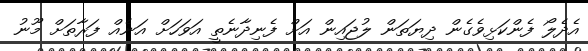
އެދެލޯ ފެންކަޅިވެގެން ދިޔަތަން ލުޖައިން އަށް ފެނިދާނެތީ އަވަހަށް އަނެއް ފަރާތަށް މޫނު